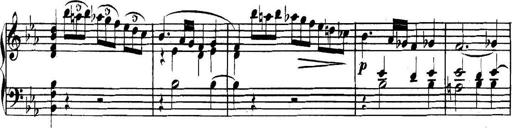
Title: Collected Piano Sonatas
Composer: Muzio Clementi